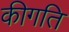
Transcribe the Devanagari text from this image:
कीगति